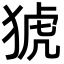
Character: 猇